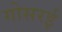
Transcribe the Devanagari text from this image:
गोसरई